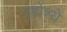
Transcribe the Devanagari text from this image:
उद्येश्ये